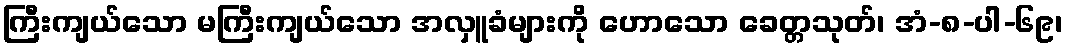
ကြီးကျယ်သော မကြီးကျယ်သော အလှူခံများကို ဟောသော ခေတ္တသုတ်၊ အံ-၈-ပါ-၆၉၊